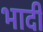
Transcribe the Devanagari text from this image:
भादी